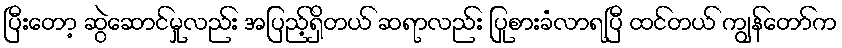
ပြီးတော့ ဆွဲဆောင်မှုလည်း အပြည့်ရှိတယ် ဆရာလည်း ပြုစားခံလာရပြီ ထင်တယ် ကျွန်တော်က